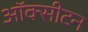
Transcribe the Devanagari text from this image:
ऑक्सीटन